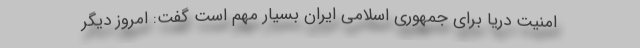
امنیت دریا برای جمهوری اسلامی ایران بسیار مهم است گفت: امروز دیگر